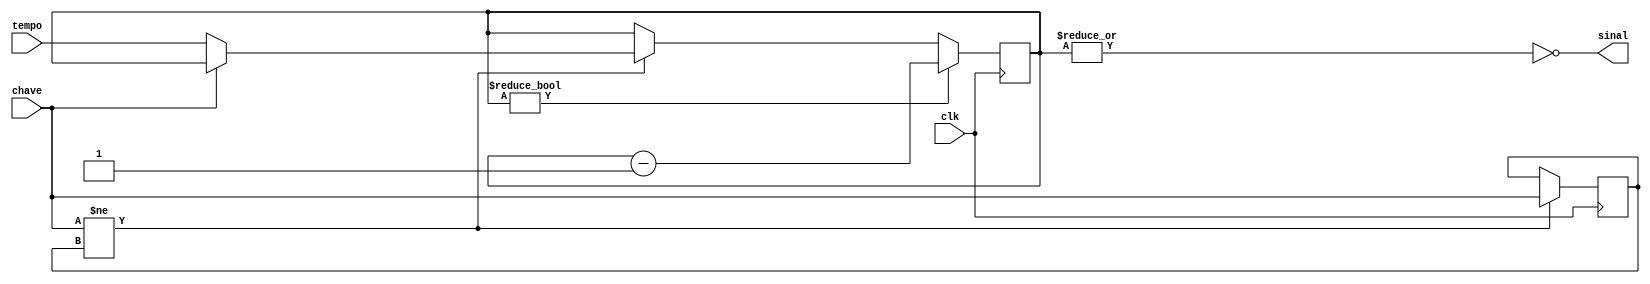
module pulse(input clk, input chave, input [25:0] tempo, output  sinal);
   reg [25:0]cnt;
	reg chTmp;
	assign sinal = ~|cnt;
	always @(posedge clk) begin	   
	   if ( chave!= chTmp) begin 
		  chTmp <= chave;	
		  if (chave==0) 
		    cnt <= tempo;	 
		end if (cnt!=0) 
		       cnt <= cnt-26'b1;
	end
endmodule